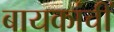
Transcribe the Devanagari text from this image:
बायकांचीं